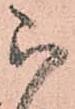
被